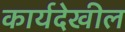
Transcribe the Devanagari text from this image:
कार्यदेखील